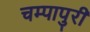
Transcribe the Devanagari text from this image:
चम्‍पापुरी